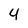
Character: 4